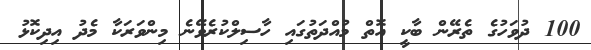
100 ދުވަހުގެ ތެރޭން ބާކީ އޮތް މުއްދަތުގައި ހާސިލްކުރެވޭނެ މިންވަރަކާ މެދު އިދިކޮޅު